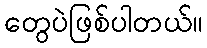
တွေပဲဖြစ်ပါတယ်။